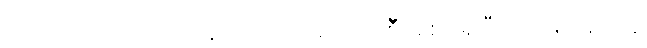
ကြည့်ရတာကတော့ နဂိုကတည်းက အစီအစဉ်ရှိပြီးသားနဲ့ တူပါရဲ့။